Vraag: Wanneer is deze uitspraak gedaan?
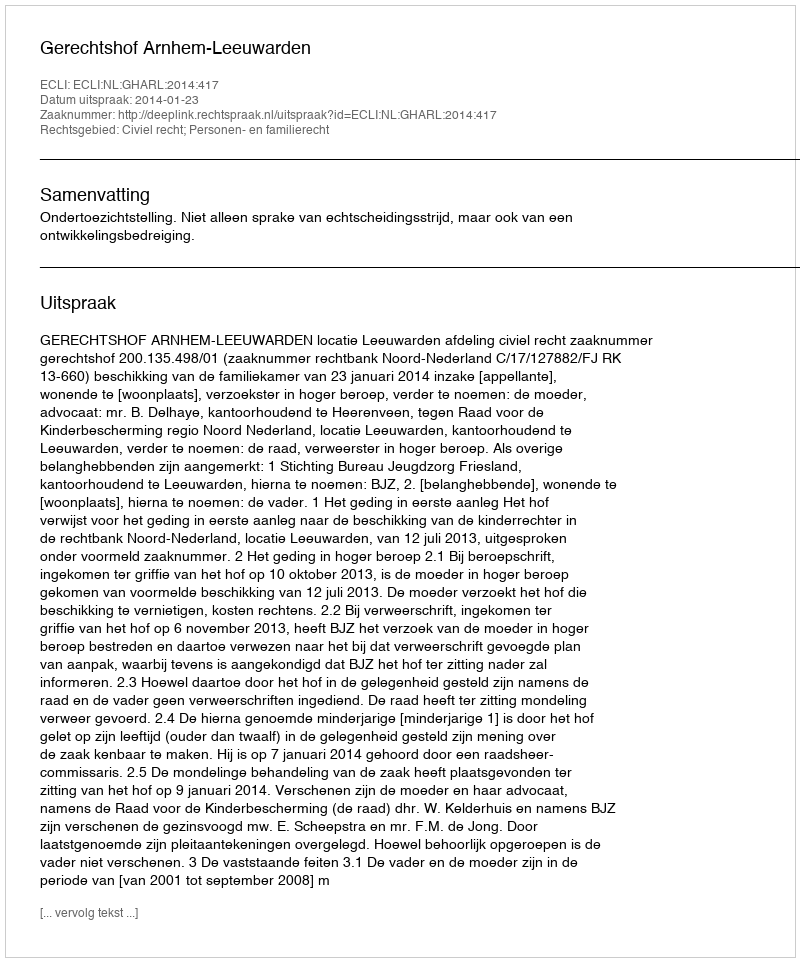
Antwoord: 2014-01-23